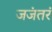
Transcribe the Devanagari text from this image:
जजंतरं